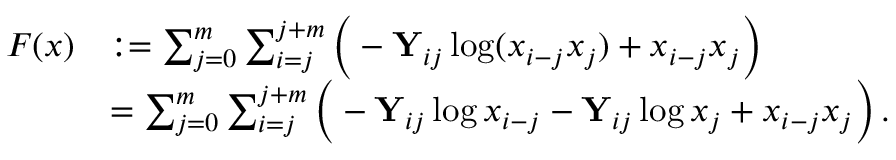
\begin{array} { r l } { F ( x ) } & { : = \sum _ { j = 0 } ^ { m } \sum _ { i = j } ^ { j + m } \Big ( - \mathbf { Y } _ { i j } \log ( x _ { i - j } x _ { j } ) + x _ { i - j } x _ { j } \Big ) } \\ & { = \sum _ { j = 0 } ^ { m } \sum _ { i = j } ^ { j + m } \Big ( - \mathbf { Y } _ { i j } \log x _ { i - j } - \mathbf { Y } _ { i j } \log x _ { j } + x _ { i - j } x _ { j } \Big ) \, . } \end{array}